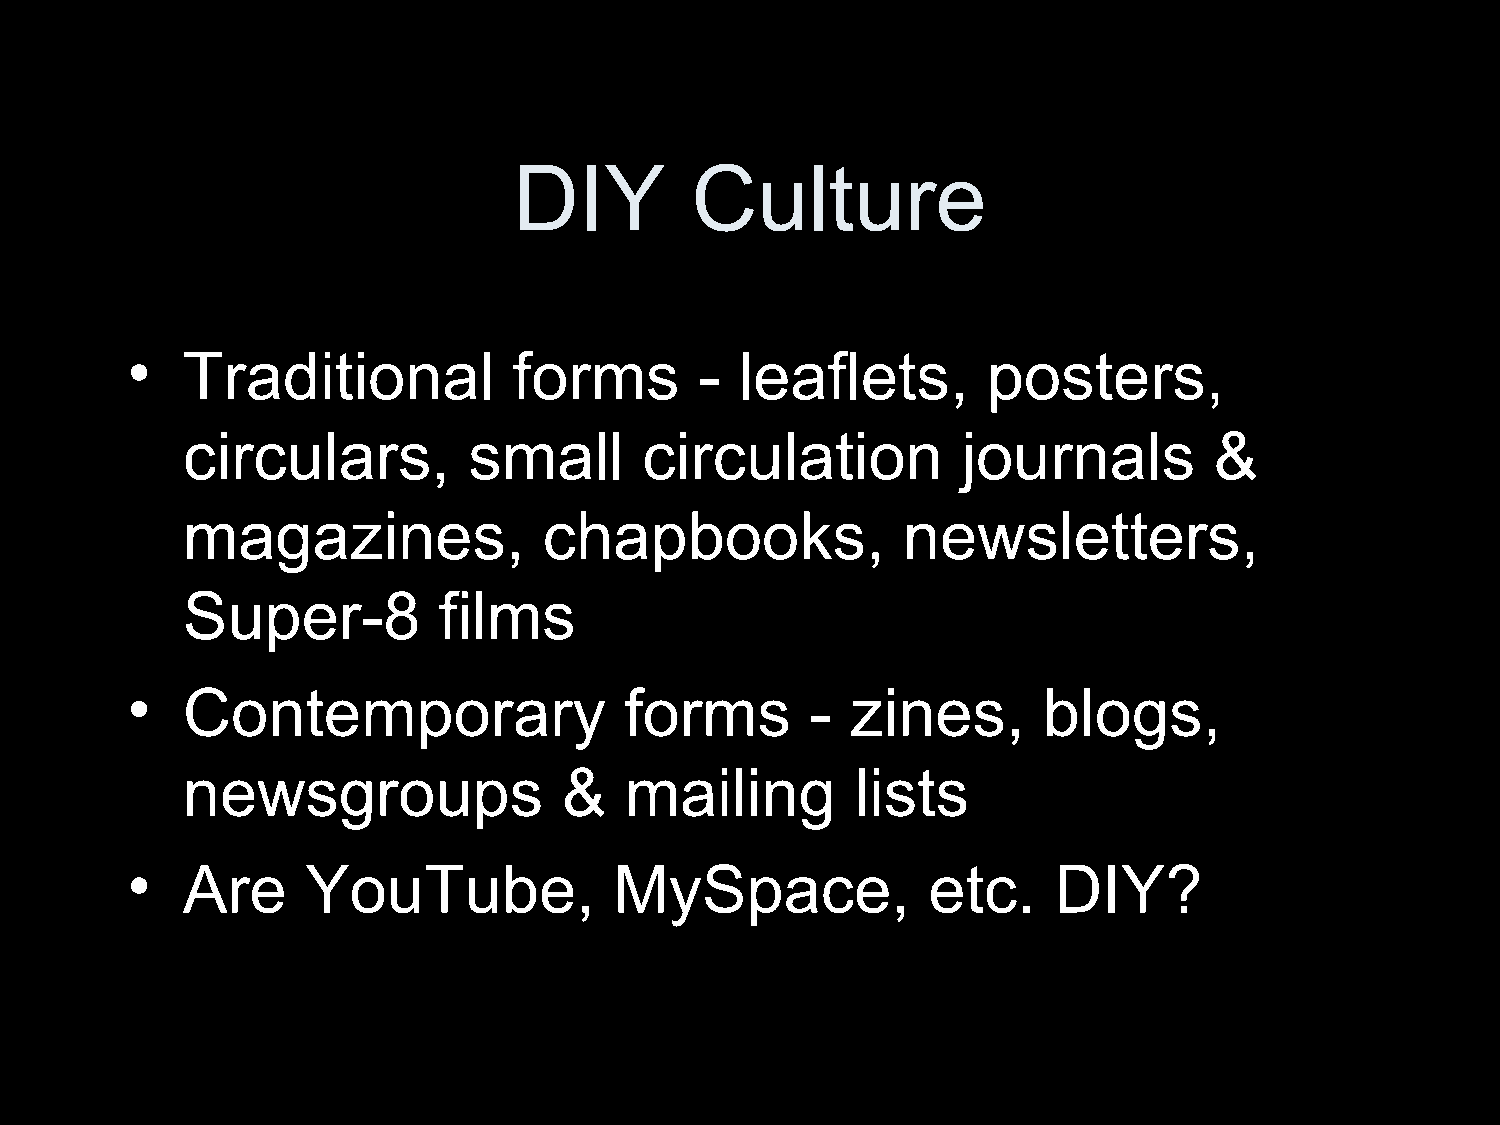
DIY         Culture
 •   Traditional           forms       -  leaflets,       posters,
 circulars,         small       circulation          journals        &
 magazines,              chapbooks,              newsletters,
 Super-8          films
 •   Contemporary                 forms        - zines,       blogs,
 newsgroups               &   mailing         lists
 •   Are     YouTube,             MySpace,            etc.     DIY?